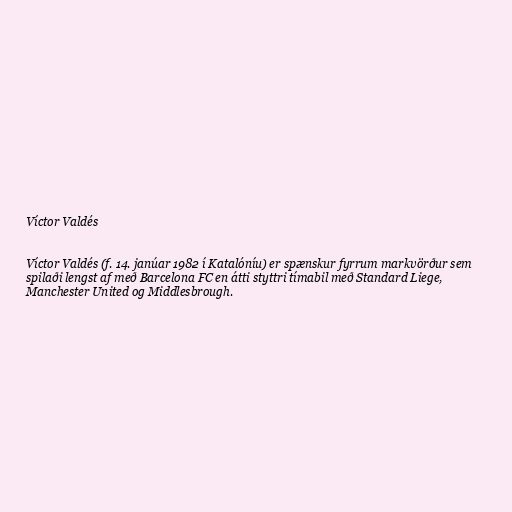
Víctor Valdés

Víctor Valdés (f. 14. janúar 1982 í Katalóníu) er spænskur fyrrum markvörður sem
spilaði lengst af með Barcelona FC en átti styttri tímabil með Standard Liege,
Manchester United og Middlesbrough.